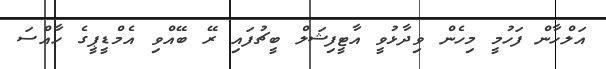
އަލްހާން ފަހުމީ މިހެން ވިދާޅުވީ އާޓީފިޝަލް ބީޗުފައި ރޭ ބޭއްވި އެމްޑީޕީގެ ހާއްސަ